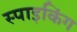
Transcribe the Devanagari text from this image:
स्पाइकिंग